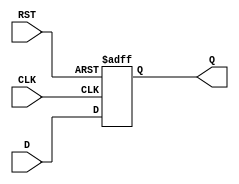
`timescale 1ns / 1ps
//////////////////////////////////////////////////////////////////////////////////
// Company: 
// Engineer: 
// 
// Design Name: 
// Module Name:    dff 
// Project Name: 
// Target Devices: 
// Tool versions: 
// Description: 
//
// Dependencies: 
//
// Revision: 
// Revision 0.01 - File Created
// Additional Comments: 
//
//////////////////////////////////////////////////////////////////////////////////
module DFF(Q, D, CLK, RST);
	input D, CLK, RST;
	output reg Q;
	
	always @ (posedge CLK or posedge RST) begin
	if(RST)
		Q <= 0;
	else
		Q <= D;
	end
endmodule